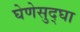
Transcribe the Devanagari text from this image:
घेणेसुद्घा